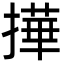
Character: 撶